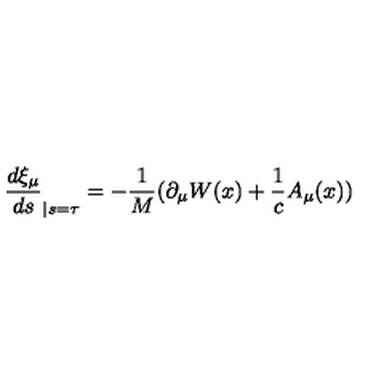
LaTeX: \frac { d \xi _ { \mu } } { d s } _ { | s = \tau } = - \frac { 1 } { M } ( \partial _ { \mu } W ( x ) + \frac { 1 } { c } A _ { \mu } ( x ) )